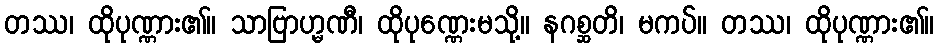
တဿ၊ ထိုပုဏ္ဏား၏။ သာဗြာဟ္မဏီ၊ ထိုပုဏ္ဏေးမသို့။ နဂစ္ဆတိ၊ မကပ်။ တဿ၊ ထိုပုဏ္ဏား၏။